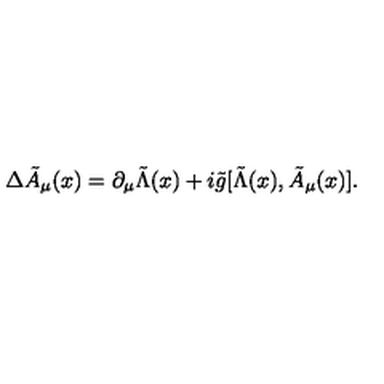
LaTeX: \Delta { \tilde { A } } _ { \mu } ( x ) = \partial _ { \mu } { \tilde { \Lambda } } ( x ) + i { \tilde { g } } [ { \tilde { \Lambda } } ( x ) , { \tilde { A } } _ { \mu } ( x ) ] .